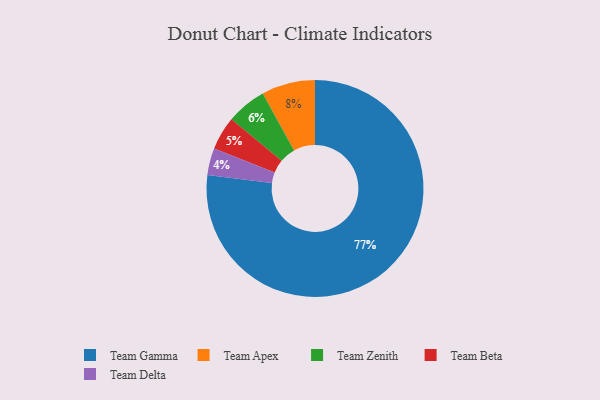
{"axis": {"x": "Category", "y": "Percentage"}, "legend": ["Team Apex", "Team Beta", "Team Delta", "Team Gamma", "Team Zenith"], "data": [{"x": "Team Zenith", "y": 6, "type": "Team Zenith"}, {"x": "Team Apex", "y": 8, "type": "Team Apex"}, {"x": "Team Beta", "y": 5, "type": "Team Beta"}, {"x": "Team Gamma", "y": 77, "type": "Team Gamma"}, {"x": "Team Delta", "y": 4, "type": "Team Delta"}]}